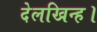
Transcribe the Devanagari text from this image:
देलखिन्ह।